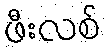
ဖီးလစ်